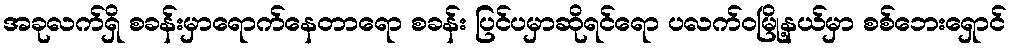
အခုလက်ရှိ စခန်းမှာရောက်နေတာရော စခန်း ပြင်ပမှာဆိုရင်ရော ပလက်ဝမြို့နယ်မှာ စစ်ဘေးရှောင်